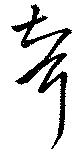
聟